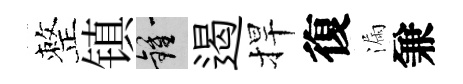
整镇鍾遏捍復漏兼